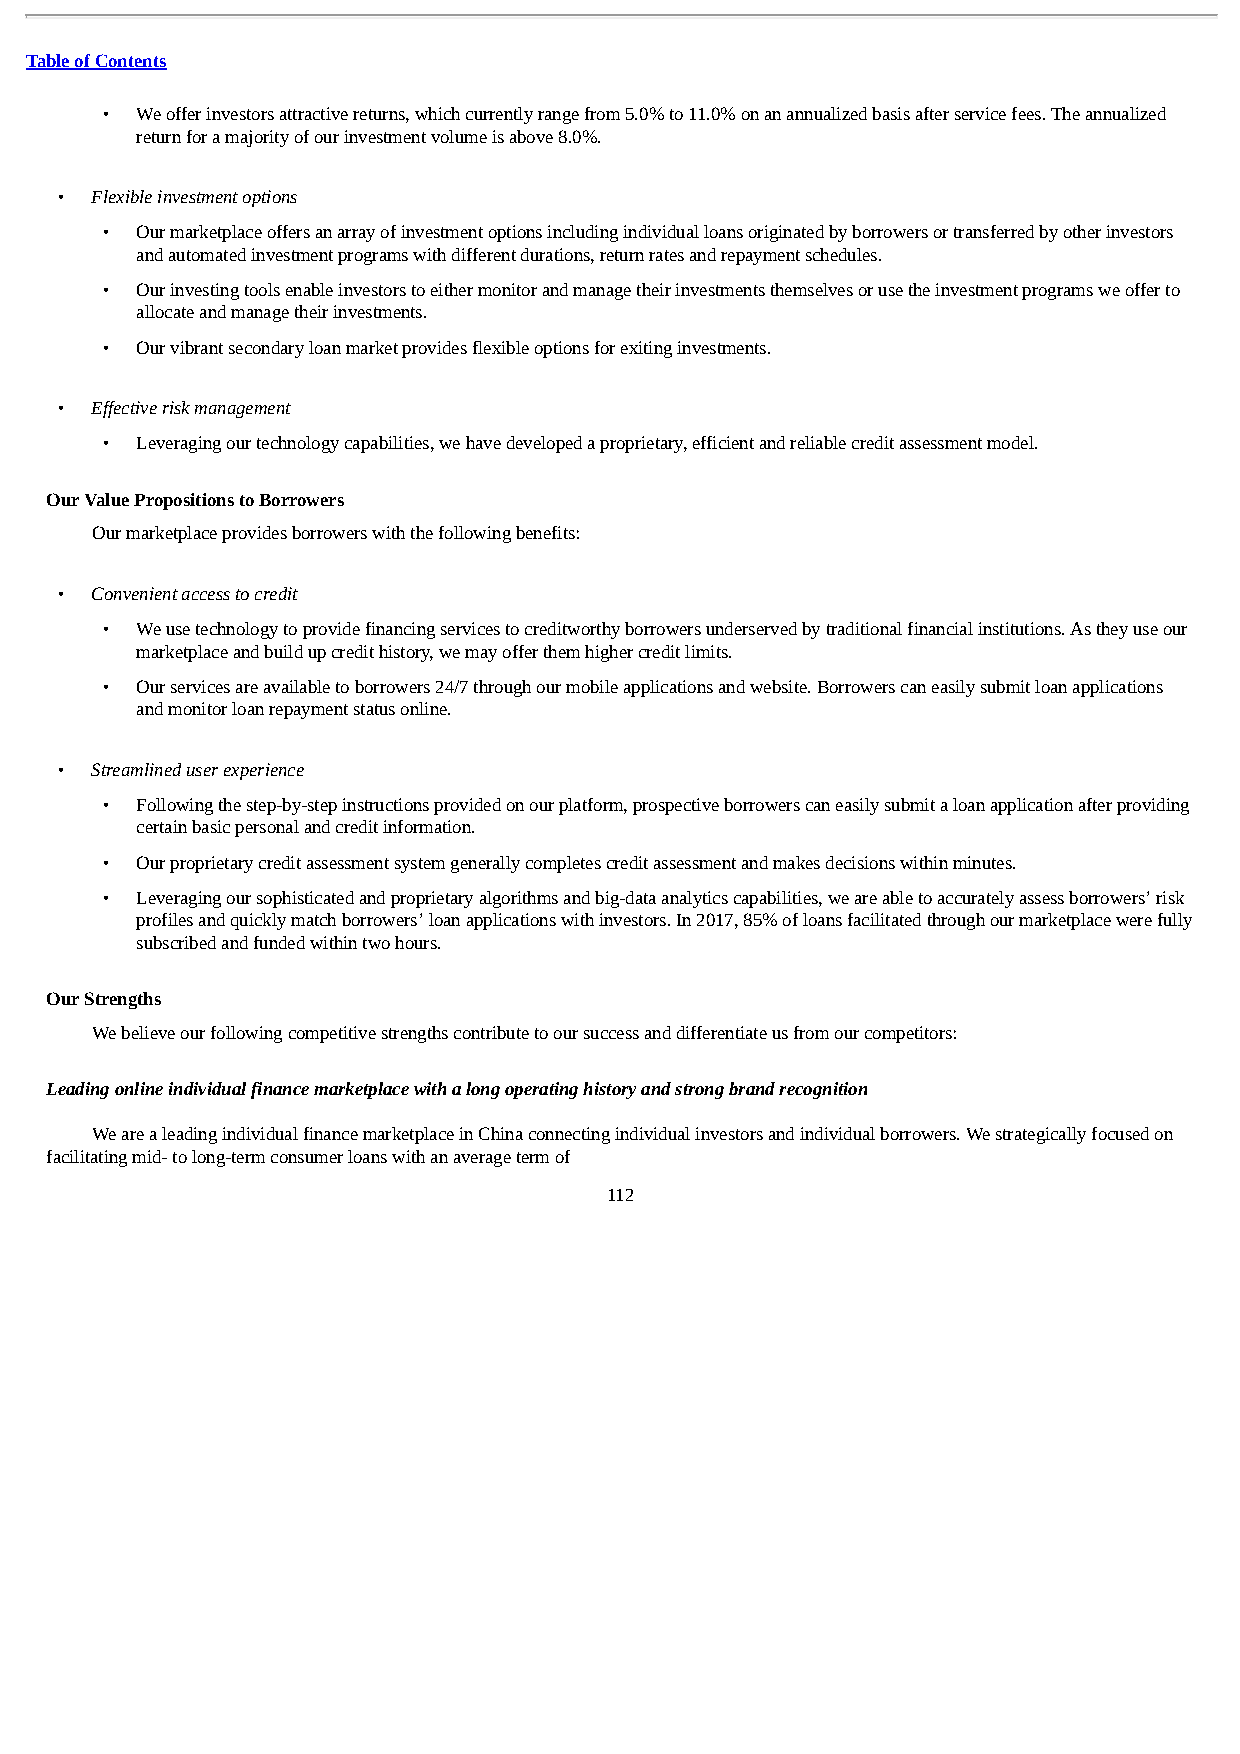
Table of Contents
 • We offer investors attractive returns, which currently range from 5.0% to 11.0% on an annualized basis after service fees. The annualized
 return for a majority of our investment volume is above 8.0%.
 • Flexible investment options
 • Our marketplace offers an array of investment options including individual loans originated by borrowers or transferred by other investors
 and automated investment programs with different durations, return rates and repayment schedules.
 • Our investing tools enable investors to either monitor and manage their investments themselves or use the investment programs we offer to
 allocate and manage their investments.
 • Our vibrant secondary loan market provides flexible options for exiting investments.
 • Effective risk management
 • Leveraging our technology capabilities, we have developed a proprietary, efficient and reliable credit assessment model.
 Our Value Propositions to Borrowers
 Our marketplace provides borrowers with the following benefits:
 • Convenient access to credit
 • We use technology to provide financing services to creditworthy borrowers underserved by traditional financial institutions. As they use our
 marketplace and build up credit history, we may offer them higher credit limits.
 • Our services are available to borrowers 24/7 through our mobile applications and website. Borrowers can easily submit loan applications
 and monitor loan repayment status online.
 • Streamlined user experience
 • Following the step-by-step instructions provided on our platform, prospective borrowers can easily submit a loan application after providing
 certain basic personal and credit information.
 • Our proprietary credit assessment system generally completes credit assessment and makes decisions within minutes.
 • Leveraging our sophisticated and proprietary algorithms and big-data analytics capabilities, we are able to accurately assess borrowers’ risk
 profiles and quickly match borrowers’ loan applications with investors. In 2017, 85% of loans facilitated through our marketplace were fully
 subscribed and funded within two hours.
 Our Strengths
 We believe our following competitive strengths contribute to our success and differentiate us from our competitors:
 Leading online individual finance marketplace with a long operating history and strong brand recognition
 We are a leading individual finance marketplace in China connecting individual investors and individual borrowers. We strategically focused on
 facilitating mid- to long-term consumer loans with an average term of
 112